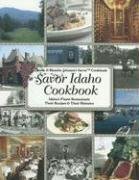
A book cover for Savor Idaho Cookbook: Idaho's Finest Restaurants & Lodges: Their Recipes & Their Histories (Chuck & Blanche Johnson's Savor Cookbook); Chuck Johnson; Cookbooks, Food & Wine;